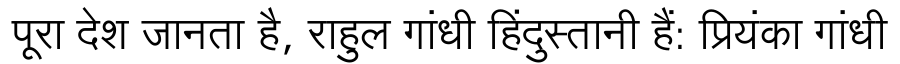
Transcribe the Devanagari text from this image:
पूरा देश जानता है, राहुल गांधी हिंदुस्तानी हैं: प्रियंका गांधी